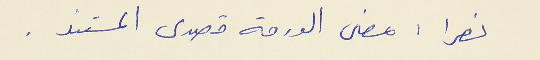
نصرا : مضى الورقه قصدى المستند .